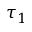
\tau _ { 1 }